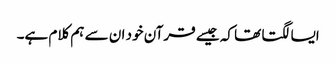
ایسا لگتا تھا کہ جیسے قرآن خود ان سے ہم کلام ہے۔